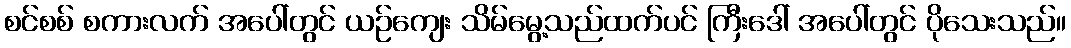
စင်စစ် စကားလက် အပေါ်တွင် ယဉ်ကျေး သိမ်မွေ့သည်ထက်ပင် ကြီးဒေါ် အပေါ်တွင် ပိုသေးသည်။